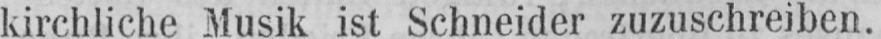
kirchliche Musik ist Schneider zuzuschreiben.